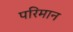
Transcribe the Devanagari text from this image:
परिमान